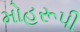
મોહરૂપી